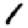
Digit: 1